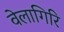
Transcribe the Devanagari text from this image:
वेलागिरि